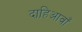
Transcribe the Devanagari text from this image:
दाहिआवाँ